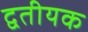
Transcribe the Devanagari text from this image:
द्वतीयक